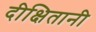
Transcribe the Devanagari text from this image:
दीक्षितानी